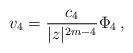
LaTeX: \begin{align*}v_4=\frac{c_{4}}{|z|^{2m-4}}\Phi_4\,,\end{align*}